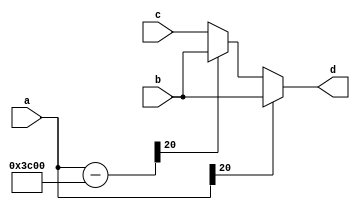
`timescale 1ns / 1ps
//////////////////////////////////////////////////////////////////////////////////
// Company: 
// Engineer: 
// 
// Design Name: 
// Module Name: mux2
// Project Name: 
// Target Devices: 
// Tool Versions: 
// Description: 
// 
// Dependencies: 
// 
// Revision:
// Revision 0.01 - File Created
// Additional Comments:
// 
//////////////////////////////////////////////////////////////////////////////////


module mux2(
    input signed [20:0] a,
    input signed [20:0] b,
    input signed [20:0] c,
    output reg signed [20:0] d
    );
    reg signed [20:0] check;
    reg signed [20:0] store;
    always @(*)
    begin
        if(a[20] == 0) begin
            store = 21'b0000_0001_1110_000_000_000;
            check = a - store;
            if(check[20] == 0) begin
                d = c;
            end
            else d = b;
        end
        else d = b;
    end
endmodule